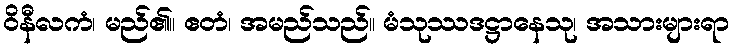
ဝိနီလကံ၊ မည်၏။ ဧတံ၊ အမည်သည်။ မံသုဿဒဋ္ဌာနေသု၊ အသားများရာ